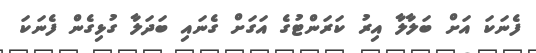
ފެނަކަ އަށް ބަލާލާ އިރު ކަރަންޓުގެ އަގަށް ގެނައި ބަދަލާ ގުޅިގެން ފެނަކަ